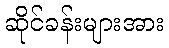
ဆိုင်ခန်းများအား